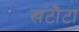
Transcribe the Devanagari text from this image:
खटौटा